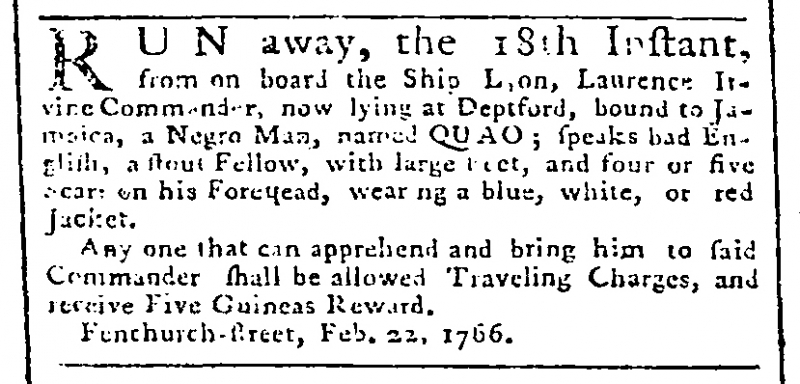
Public Advertiser, 24 February 1766 (England)
RUN away, the 18th Instant, from on board the Ship Lyon, Laurence Irvine, Commander, now lying at Deptford, bound to Jamaica, a Negro Man, named QUAO; speaks bad English, a stout Fellow, with large Feet, and four or five Scars on his Forehead, wearing a blue, white or red Jacket.   Any one that can apprehend and bring him to said Commander, shall be allowed Travelling Charges, and receive Five Guineas Reward.   Fenchurch-street, Feb. 22, 1766.